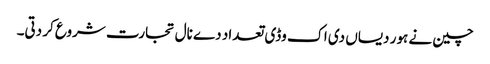
چین نے ہور دیساں دی اک وڈی تعداد دے نال تجارت شروع کر دتی۔